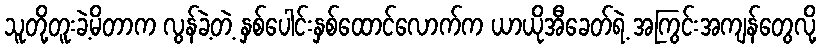
သူတို့တူးခဲ့မိတာက လွန်ခဲ့တဲ့ နှစ်ပေါင်းနှစ်ထောင်လောက်က ယာယိုအီခေတ်ရဲ့ အကြွင်းအကျန်တွေလို့